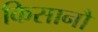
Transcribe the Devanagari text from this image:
किसानौं